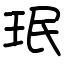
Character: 珉